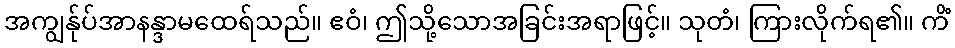
အကျွန်ုပ်အာနန္ဒာမထေရ်သည်။ ဧဝံ၊ ဤသို့သောအခြင်းအရာဖြင့်။ သုတံ၊ ကြားလိုက်ရ၏။ ကိံ